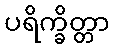
ပရိက္ခိတ္တာ